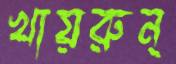
খায়রুন্